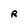
Character: R